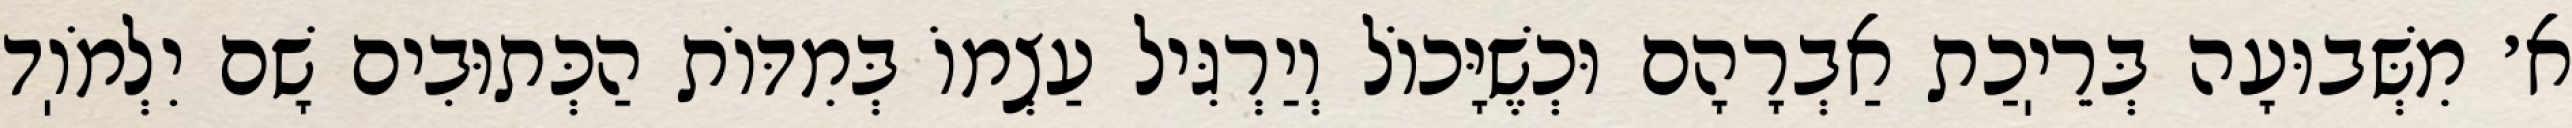
א׳ מִשְּׁבוּעָה בְּרֵיֽכַת אַבְרָהָם וּכְשֶׁיָּכוֹל וְיַרְגִּיל עַצְמוֹ בְּמִדּוֹת הַכְּתוּבִים שָׁם יִלְמֹוֽד